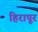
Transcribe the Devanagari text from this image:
हिरापूर